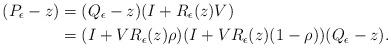
LaTeX: \begin{align*} ( P_\epsilon - z ) & = ( Q_{\epsilon} - z ) ( I + R_\epsilon ( z ) V ) \\& = ( I + V R_\epsilon ( z )\rho ) ( I + V R_\epsilon ( z ) ( 1 - \rho ) ) ( Q_{\epsilon} - z ) . \end{align*}